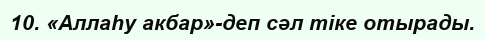
10. «Аллаһу акбар»-деп сәл тіке отырады.